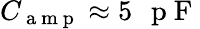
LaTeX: C_{\mathrm{~a~m~p~}}\approx 5\mathrm{~\, ~p~F~}